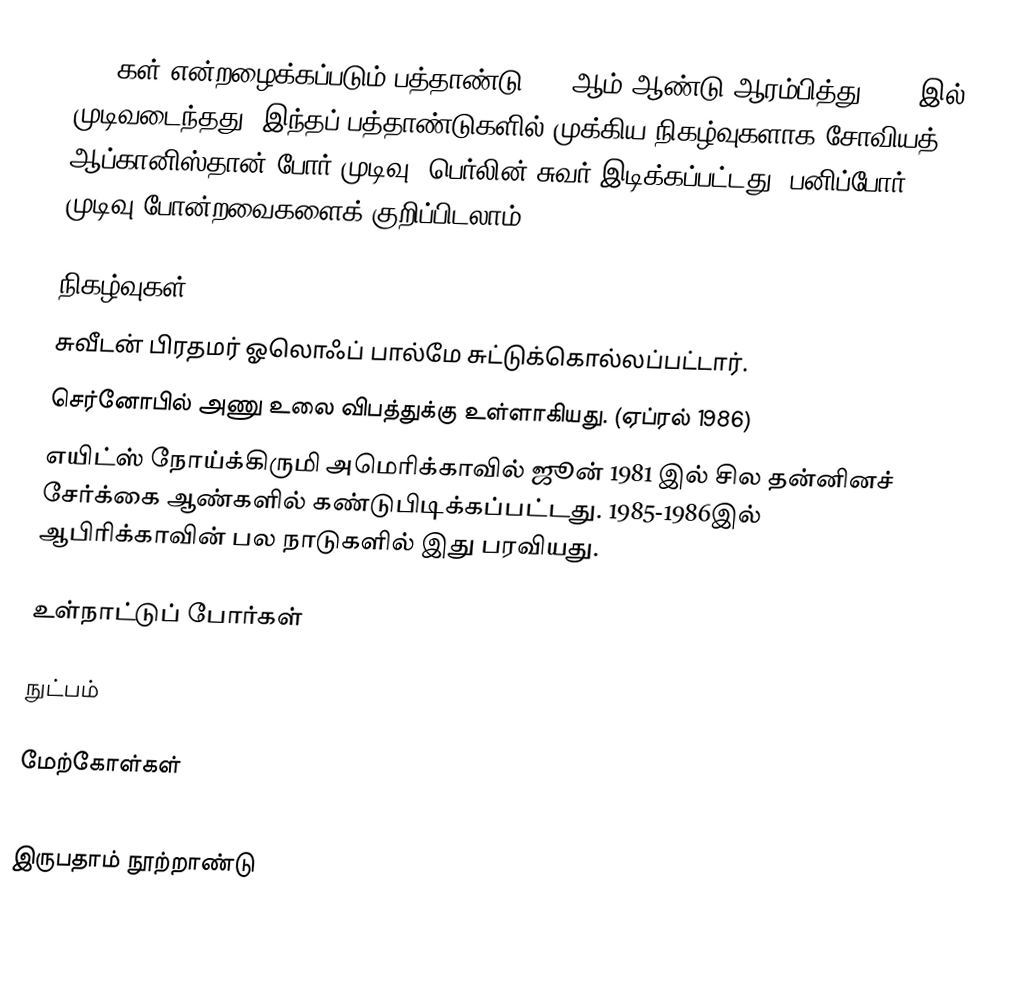
1980கள் என்றழைக்கப்படும் பத்தாண்டு 1980ஆம் ஆண்டு ஆரம்பித்து 1989-இல் முடிவடைந்தது. இந்தப் பத்தாண்டுகளில் முக்கிய நிகழ்வுகளாக சோவியத் - ஆப்கானிஸ்தான் போர் முடிவு, பெர்லின் சுவர் இடிக்கப்பட்டது, பனிப்போர் முடிவு போன்றவைகளைக் குறிப்பிடலாம்.

நிகழ்வுகள்
 சுவீடன் பிரதமர் ஓலொஃப் பால்மே சுட்டுக்கொல்லப்பட்டார்.
 செர்னோபில் அணு உலை விபத்துக்கு உள்ளாகியது. (ஏப்ரல் 1986)
 எயிட்ஸ் நோய்க்கிருமி அமெரிக்காவில் ஜூன் 1981 இல் சில தன்னினச் சேர்க்கை ஆண்களில் கண்டுபிடிக்கப்பட்டது. 1985-1986இல் ஆபிரிக்காவின் பல நாடுகளில் இது பரவியது.

உள்நாட்டுப் போர்கள்

நுட்பம்

மேற்கோள்கள்

இருபதாம் நூற்றாண்டு